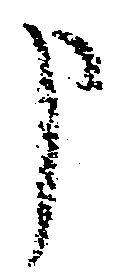
申